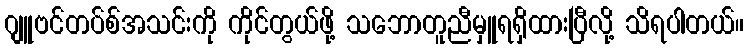
ဂျူဗင်တပ်စ်အသင်းကို ကိုင်တွယ်ဖို့ သဘောတူညီမှူရရှိထားပြီလို့ သိရပါတယ်။